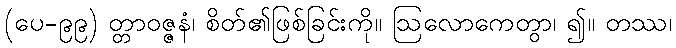
(ပေ-၉၉) တ္တာဝဇ္ဇနံ၊ စိတ်၏ဖြစ်ခြင်းကို။ ဩလောကေတွာ၊ ၍။ တဿ၊